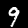
Digit: 9